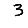
Digit: 3